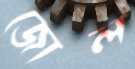
জোল